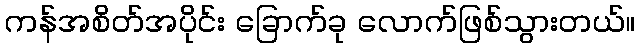
ကန်အစိတ်အပိုင်း ခြောက်ခု လောက်ဖြစ်သွားတယ်။